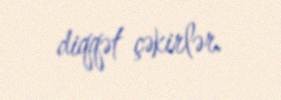
diqqət çəkirlər.